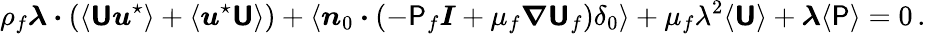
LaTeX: \rho_{f}\boldsymbol{\lambda}\boldsymbol{\cdot}\left(\langle\boldsymbol{\mathsf{U}}\boldsymbol{u}^{\star}\rangle+\langle\boldsymbol{u}^{\star}\boldsymbol{\mathsf{U}}\rangle\right)+\langle\boldsymbol{n}_{0}\boldsymbol{\cdot}\left(-\mathsf{P}_{f}\boldsymbol{I}+\mu_{f}\boldsymbol{\nabla}\boldsymbol{\mathsf{U}}_{f}\right)\delta_{0}\rangle+\mu_{f}\lambda^{2}\langle\boldsymbol{\mathsf{U}}\rangle+\boldsymbol{\lambda}\langle\mathsf{P}\rangle=0\, .